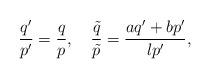
LaTeX: \begin{align*}\frac{q'}{p'}=\frac{q}{p},\quad\frac{\tilde q}{\tilde p}=\frac{aq'+bp'}{lp'},\end{align*}